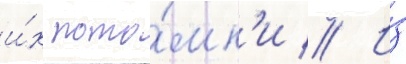
и́х пото́мк'и // И́з